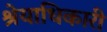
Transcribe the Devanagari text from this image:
श्रेयाधिकारी